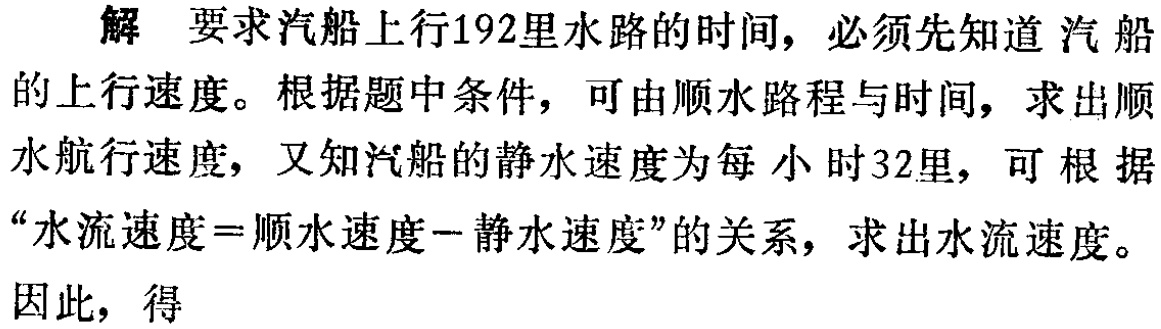
解 要求汽船上行192里水路的时间，必须先知道汽船的上行速度。根据题中条件，可由顺水路程与时间，求出顺水航行速度，又知汽船的静水速度为每小时32里，可根据“水流速度=顺水速度-静水速度”的关系，求出水流速度。

因此，得